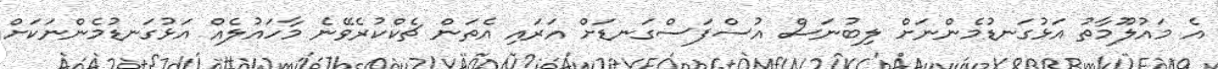
އެ މައުލޫމާތު އަޅުގަނޑުމެންނަށް ލިބުނަސް އުސްފަސްގަނޑަށް އަރައި އެތަން ޗެކްކުރެވޭނެ މާހައުލެއް އަޅުގަނޑުމެންނަކަށް